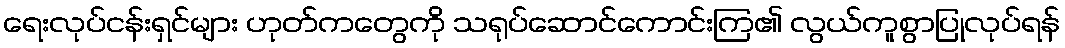
ရေးလုပ်ငန်းရှင်များ ဟုတ်ကတွေကို သရုပ်ဆောင်ကောင်းကြ၏ လွယ်ကူစွာပြုလုပ်ရန်